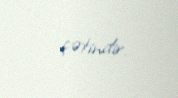
çətindir.